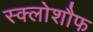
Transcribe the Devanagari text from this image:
स्क्लोशौफ